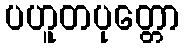
ပဟူတပုတ္တော